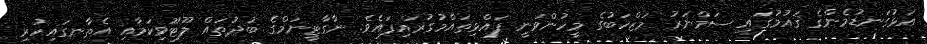
އަޅުގަނޑުމެންގެ ޤައުމުގައި ސަމްނަރު މަޒްހަބުގެ މީހުންވަނީ ފައްޅިތައްމުގުރައިފައެވެ. ނާގާޓީނަމްގެ ބުދުތައް ލޫޓޫވިކަމާއި އެތާނގައިހުރި